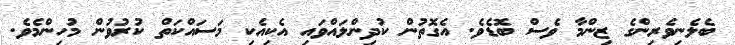
ބެލެނިވެރިންގެ ޒިންމާ ވެސް ބޮޑެވެ. އެގޮތުން ކުދިންލައްވައި އެކިއެކި މަސައްކަތް ކުރުވުން މުހިންމެވެ.